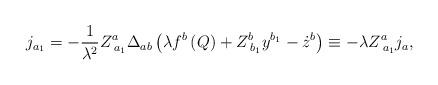
LaTeX: \begin{align*}j_{a_1}=-\frac 1{\lambda ^2}Z_{\;a_1}^a\Delta _{ab}\left(\lambda f^b\left( Q\right) +Z_{\;b_1}^by^{b_1}-\dot z^b\right) \equiv-\lambda Z_{\;a_1}^aj_a,\end{align*}